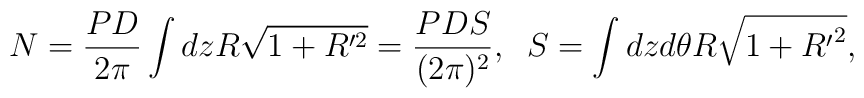
N=\frac{PD}{2\pi}\int dz R\sqrt{1+R^{\prime 2}}=\frac{PDS}{(2\pi)^2},\;\;S=\int dz d\theta R\sqrt{1+{R^{\prime}}^2},